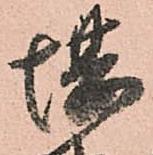
堪